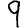
Digit: 9